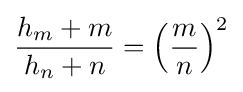
{\frac {h_{m}+m}{h_{n}+n}}=\left({\frac {m}{n}}\right)^{2}